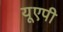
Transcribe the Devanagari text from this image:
यूएपी